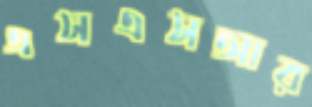
এসএসআর